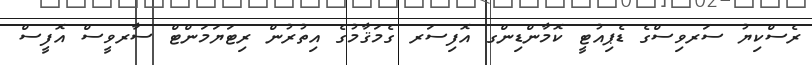
ރެސްކިޔު ސަރވިސްގެ ޑެޕިއުޓީ ކޮމާންޑިންގ އޮފިސަރ ގެމަޤާމުގެ އިތުރުން ރިޓަޔަމަންޓް ސާރވީސް އޮފީސް